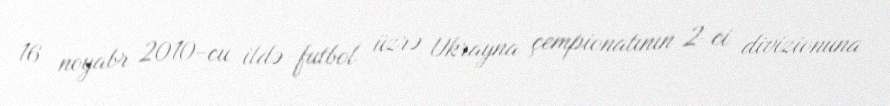
16 noyabr 2010-cu ildə futbol üzrə Ukrayna çempionatının 2-ci divizionuna